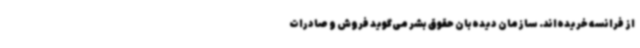
از فرانسه خریده‌اند. سازمان دیده‌بان حقوق بشر می‌گوید فروش و صادرات